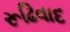
રૂઢિવાદ